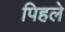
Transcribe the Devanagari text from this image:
पिहले